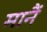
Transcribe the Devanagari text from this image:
मानैं